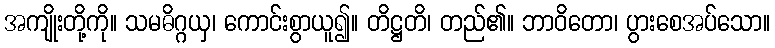
အကျိုးတို့ကို။ သမဓိဂ္ဂယှ၊ ကောင်းစွာယူ၍။ တိဋ္ဌတိ၊ တည်၏။ ဘာဝိတော၊ ပွားစေအပ်သော။